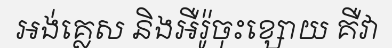
អង់គ្លេស និងអឺរ៉ូចុះខ្សោយ គឺវា